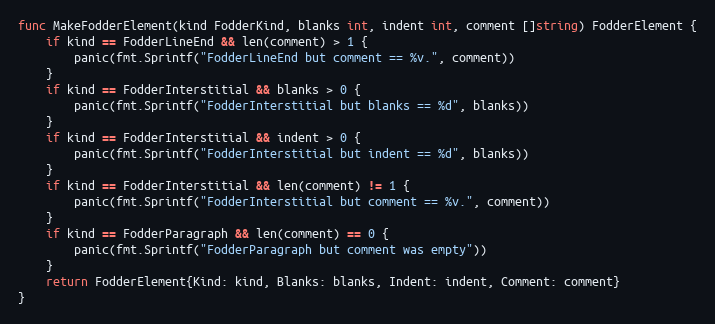
Language: Go
func MakeFodderElement(kind FodderKind, blanks int, indent int, comment []string) FodderElement {
	if kind == FodderLineEnd && len(comment) > 1 {
		panic(fmt.Sprintf("FodderLineEnd but comment == %v.", comment))
	}
	if kind == FodderInterstitial && blanks > 0 {
		panic(fmt.Sprintf("FodderInterstitial but blanks == %d", blanks))
	}
	if kind == FodderInterstitial && indent > 0 {
		panic(fmt.Sprintf("FodderInterstitial but indent == %d", blanks))
	}
	if kind == FodderInterstitial && len(comment) != 1 {
		panic(fmt.Sprintf("FodderInterstitial but comment == %v.", comment))
	}
	if kind == FodderParagraph && len(comment) == 0 {
		panic(fmt.Sprintf("FodderParagraph but comment was empty"))
	}
	return FodderElement{Kind: kind, Blanks: blanks, Indent: indent, Comment: comment}
}